system: You are a helpful assistant.
user:
Analyze the provided spectrum to determine if it is a **"Cataclysmic Variables (CV)"**.

- **Key Indicators for CV (Check for either state):**
    - **State 1: Quiescent / Low-State (Emission-Dominated)**
        - **(Primary):** Strong and *very broad* Hydrogen Balmer emission lines (e.g., $H\alpha$ at 6563 Å, $H\beta$ at 4861 Å). The 'broadness' (high velocity dispersion, often FWHM > 1000 km/s) is the key diagnostic, indicating a high-velocity accretion disk.
        - **(Secondary):** Broad neutral Helium (He I) emission lines (e.g., 5876 Å, 6678 Å).
        - **(Key Confirmation):** Presence of high-excitation *ionized* Helium (He II) emission at 4686 Å. This is a strong indicator of accretion onto a white dwarf.
        - **(Line Profile):** Emission lines may exhibit a 'double-peaked' profile, which is a classic signature of a rotating accretion disk viewed at high inclination.

    - **State 2: Outburst / High-State (Absorption-Dominated)**
        - **(Primary):** Spectrum is dominated by a bright, blue continuum (looks like a hot star).
        - **(Secondary):** The emission lines from State 1 are weak, absent, or 'filled in', and are replaced by broad, shallow *absorption* lines (primarily Balmer and He I).
        - **(Morphology):** The overall spectrum mimics a hot B/A-type star. The crucial difference is that the absorption lines are significantly broader, shallower, and more 'washed-out' (or 'smeared') than the sharp lines of a normal stellar photosphere, due to high rotational speeds and pressure broadening in the disk.

Think first, call **spectral_visualization_tool** if needed to examine features in detail, then provide your final answer. Your response must adhere to the following strict rules:
1.  **Overall Structure:** Your response must follow the format `<think>...</think> <tool_call>...</tool_call> (if a tool is used) <answer>...</answer>`.
2.  **Tool Usage Constraint:** You may only make **one** tool call per turn.
3.  **Final Answer Format:** In the `<answer>` tag, your conclusion must be inside a `\boxed{}` command (e.g., `\boxed{YES}`), followed by your justification.

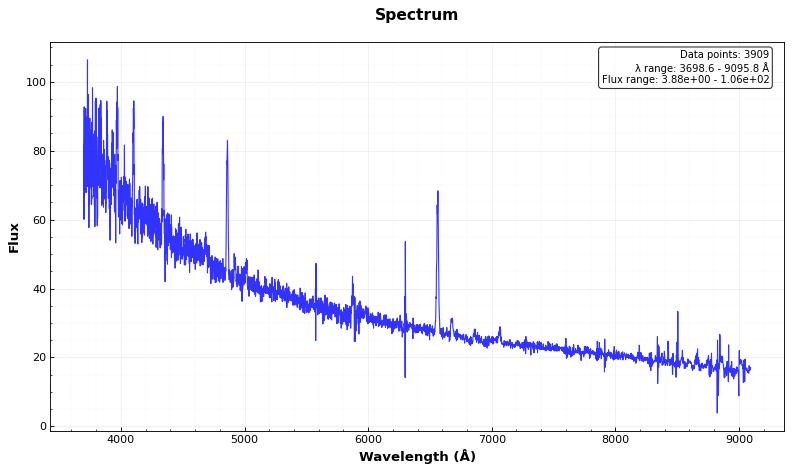
Answer: YES